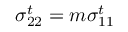
\sigma _ { 2 2 } ^ { t } = m \sigma _ { 1 1 } ^ { t }